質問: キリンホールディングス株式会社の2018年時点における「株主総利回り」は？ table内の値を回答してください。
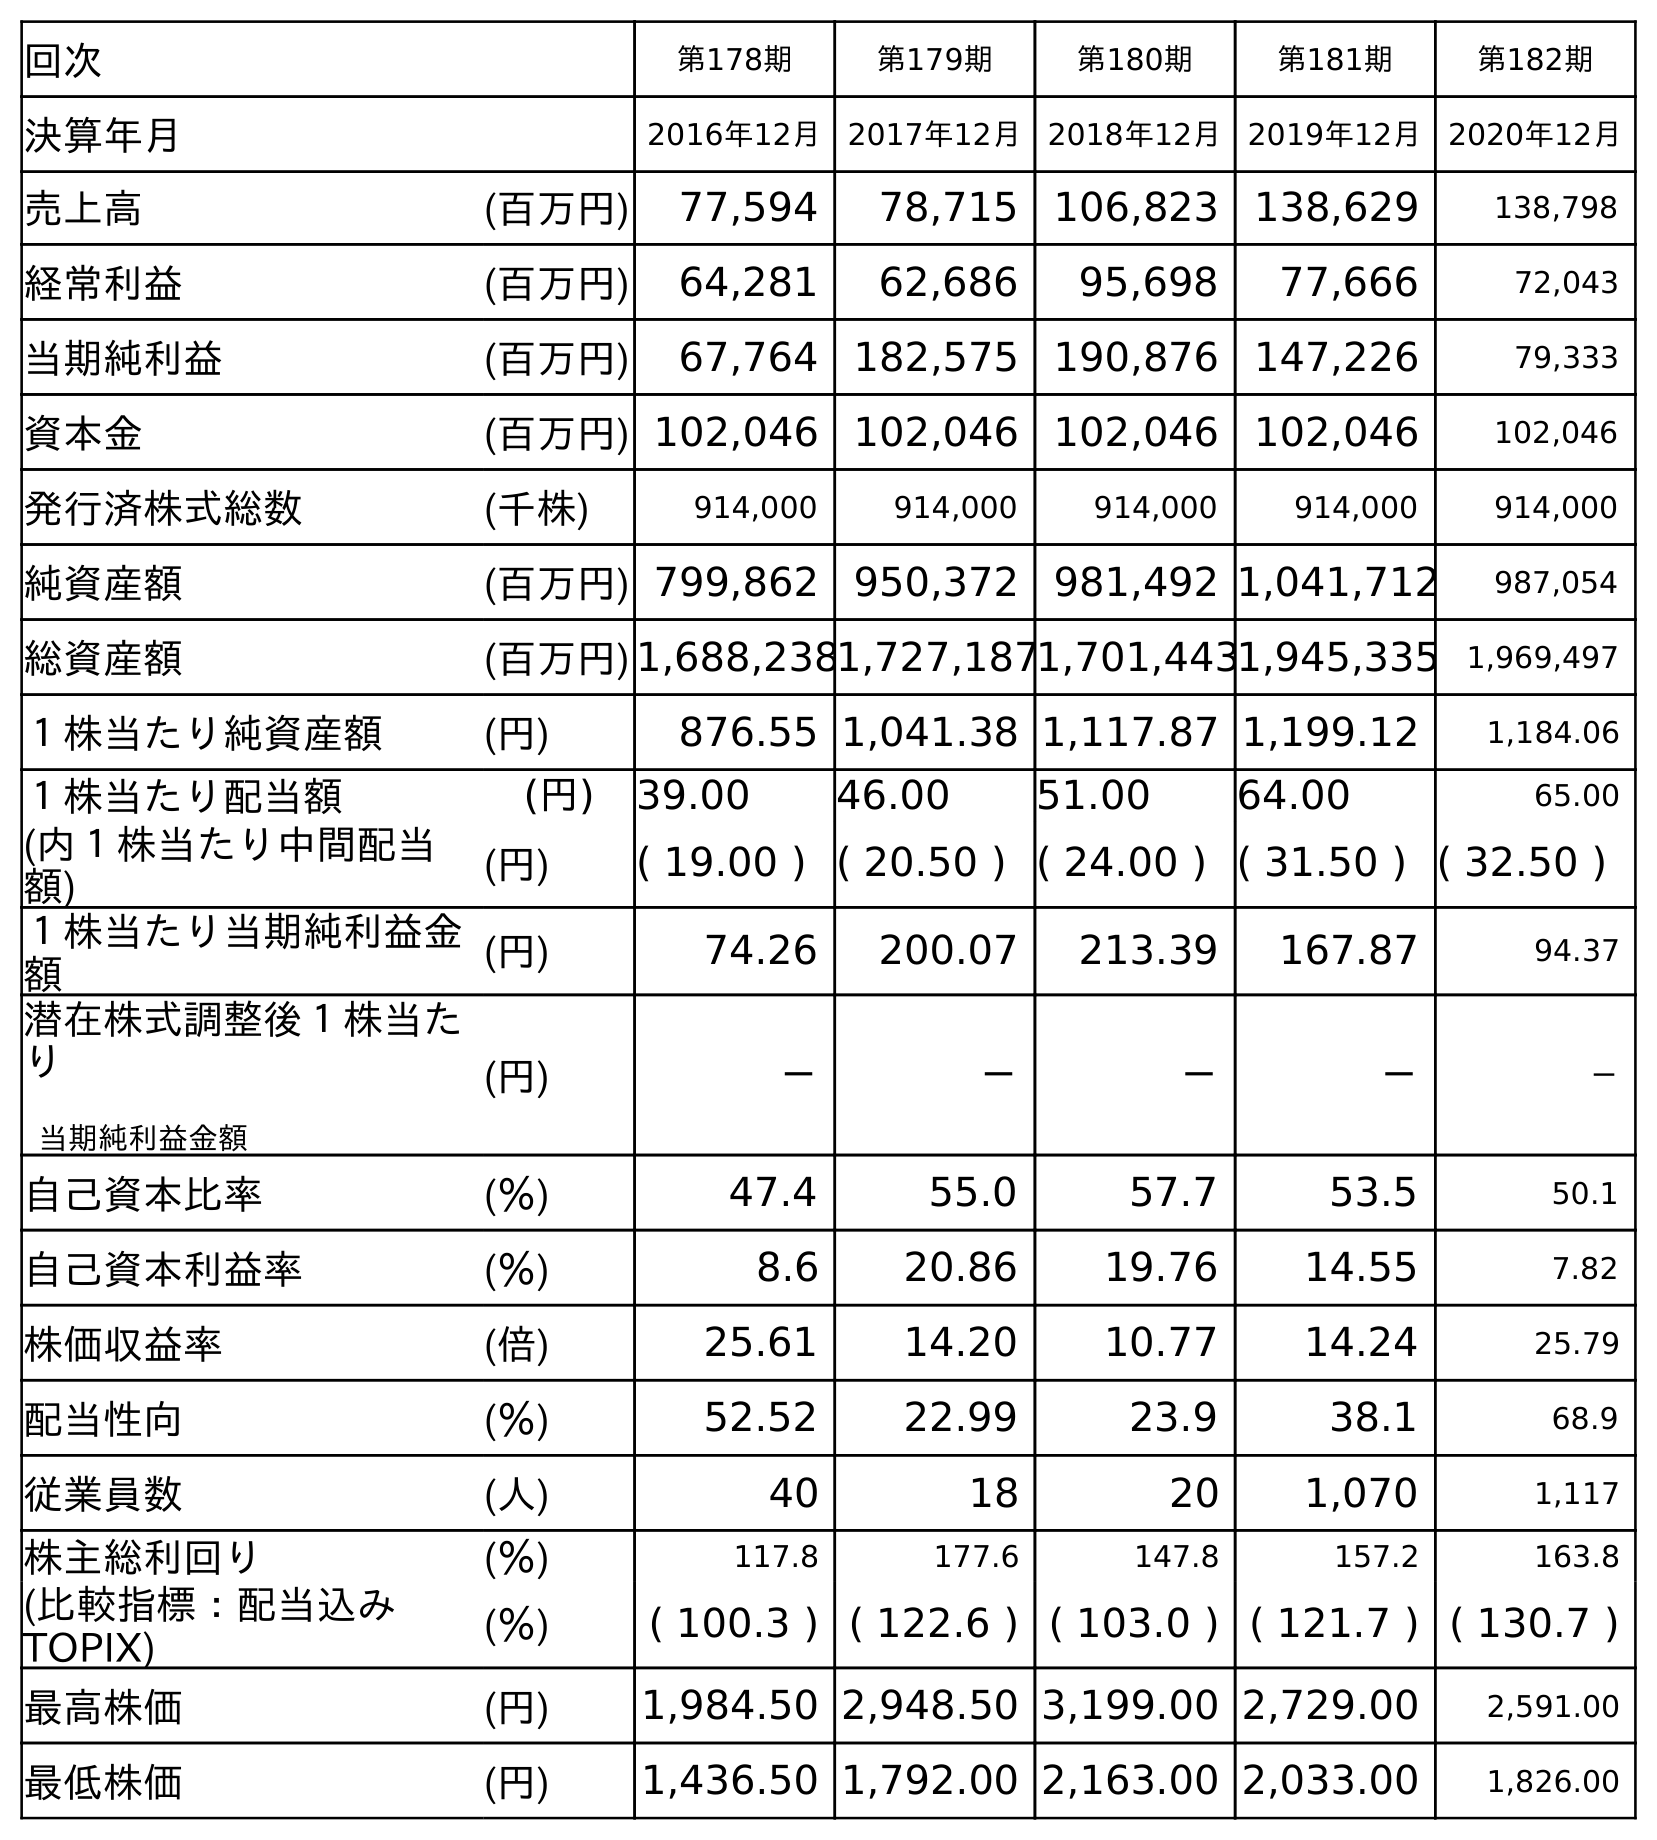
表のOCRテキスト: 回次 第178期 第179期 第180期 第181期 第182期 決算年月 2016年12月 2017年12月 2018年12月 2019年12月 2020年12月 売上高 (百万円) 77,594 78,715 106,823 138,629 138,798 経常利益 (百万円) 64,281 62,686 95,698 77,666 72,043 当期純利益 (百万円) 67,764 182,575 190,876 147,226 79,333 資本金 (百万円) 102,046 102,046 102,046 102,046 102,046 発行済株式総数 (千株) 914,000 914,000 914,000 914,000 914,000 純資産額 (百万円) 799,862 950,372 981,492 1,041,712 987,054 総資産額 (百万円)1,688,2381,727,1871,701,4431,945,335 1,969,497 １株当たり純資産額 (円) 876.55 1,041.38 1,117.87 1,199.12 1,184.06 １株当たり配当額 (円) 39.00 46.00 51.00 64.00 65.00 (内１株当たり中間配当 額) (円) ( 19.00 ) ( 20.50 ) ( 24.00 ) ( 31.50 ) ( 32.50 ) １株当たり当期純利益金 額 (円) 74.26 200.07 213.39 167.87 94.37 潜在株式調整後１株当た り 当期純利益金額 (円) － － － － － 自己資本比率 (％) 47.4 55.0 57.7 53.5 50.1 自己資本利益率 (％) 8.6 20.86 19.76 14.55 7.82 株価収益率 (倍) 25.61 14.20 10.77 14.24 25.79 配当性向 (％) 52.52 22.99 23.9 38.1 68.9 従業員数 (人) 40 18 20 1,070 1,117 株主総利回り (％) 117.8 177.6 147.8 157.2 163.8 (比較指標：配当込み TOPIX) (％) ( 100.3 ) ( 122.6 ) ( 103.0 ) ( 121.7 ) ( 130.7 ) 最高株価 (円) 1,984.50 2,948.50 3,199.00 2,729.00 2,591.00 最低株価 (円) 1,436.50 1,792.00 2,163.00 2,033.00 1,826.00
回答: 147.8